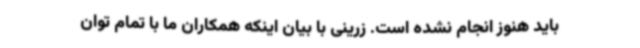
باید هنوز انجام نشده است. زرینی با بیان اینکه همکاران ما با تمام توان